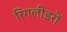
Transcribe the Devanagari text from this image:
रिंगलीडरों